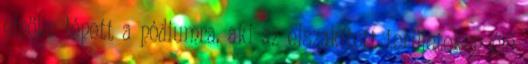
elnöke lépett a pódiumra, aki az elszakított területeken élő